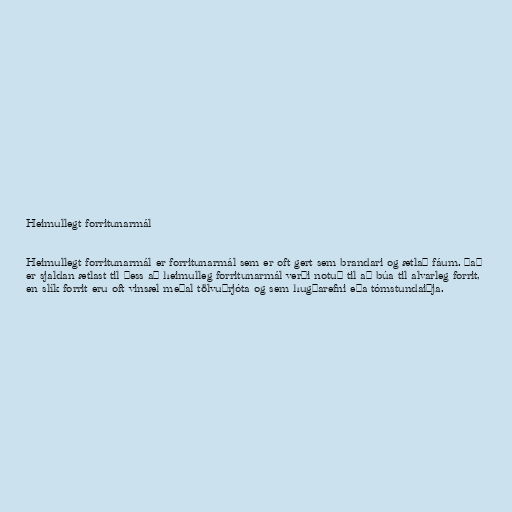
Heimullegt forritunarmál

Heimullegt forritunarmál er forritunarmál sem er oft gert sem brandari og ætlað fáum. Það
er sjaldan ætlast til þess að heimulleg forritunarmál verði notuð til að búa til alvarleg forrit,
en slík forrit eru oft vinsæl meðal tölvuþrjóta og sem hugðarefni eða tómstundaiðja.